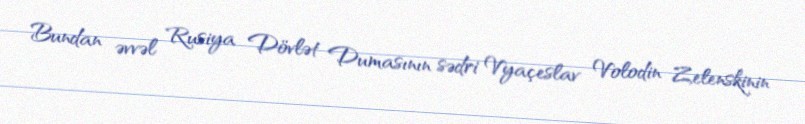
Bundan əvvəl Rusiya Dövlət Dumasının sədri Vyaçeslav Volodin Zelenskinin